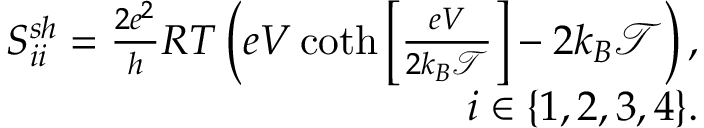
\begin{array} { r } { S _ { i i } ^ { s h } = \frac { 2 e ^ { 2 } } { h } R T \left( e V \coth \left[ \frac { e V } { 2 k _ { B } \mathcal { T } } \right] - 2 k _ { B } \mathcal { T } \right) , } \\ { i \in \{ 1 , 2 , 3 , 4 \} . } \end{array}